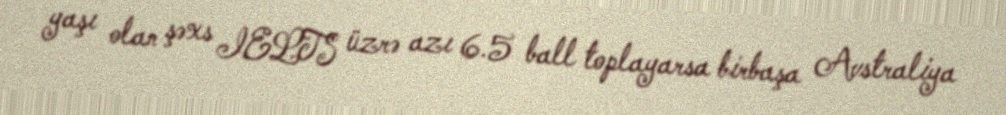
yaşı olan şəxs IELTS üzrə azı 6.5 ball toplayarsa birbaşa Avstraliya